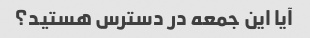
آیا این جمعه در دسترس هستید؟